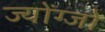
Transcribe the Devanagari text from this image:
ज्योंग्जो